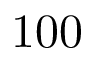
1 0 0